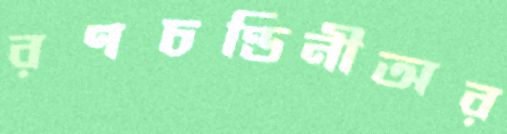
রণচণ্ডিনীঅর